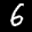
Label: 6